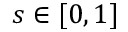
s \in [ 0 , 1 ]